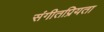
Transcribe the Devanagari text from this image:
संगीतप्रियता